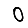
Digit: 0